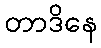
တာဒိနေ